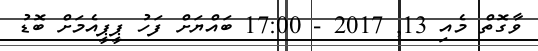
ވާގޮތް މެއި 13